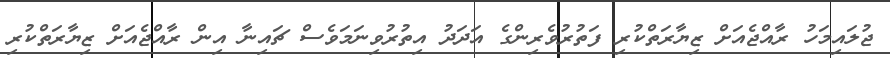
ޖުލައިމަހު ރާއްޖެއަށް ޒިޔާރަތްކުރި ފަތުރުވެރިންގެ އަދަދު އިތުރުވިނަމަވެސް ޗައިނާ އިން ރާއްޖެއަށް ޒިޔާރަތްކުރި